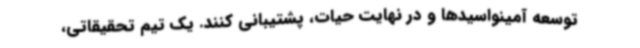
توسعه آمینواسیدها و در نهایت حیات، پشتیبانی کنند. یک تیم تحقیقاتی،